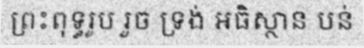
ព្រះពុទ្ធរូប រួច ទ្រង់ អធិស្ថាន បន់